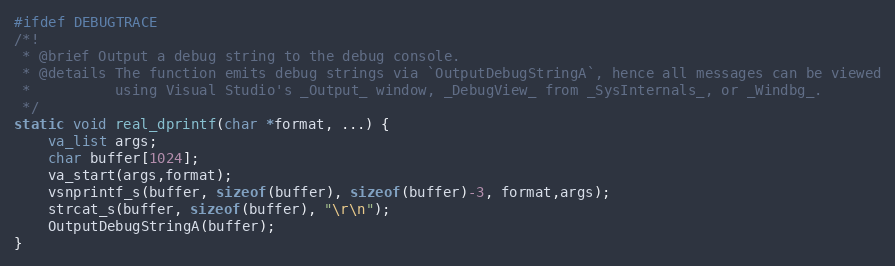
Language: C
#ifdef DEBUGTRACE
/*!
 * @brief Output a debug string to the debug console.
 * @details The function emits debug strings via `OutputDebugStringA`, hence all messages can be viewed
 *          using Visual Studio's _Output_ window, _DebugView_ from _SysInternals_, or _Windbg_.
 */
static void real_dprintf(char *format, ...) {
	va_list args;
	char buffer[1024];
	va_start(args,format);
	vsnprintf_s(buffer, sizeof(buffer), sizeof(buffer)-3, format,args);
	strcat_s(buffer, sizeof(buffer), "\r\n");
	OutputDebugStringA(buffer);
}